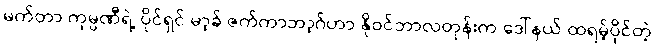
မက်တာ ကုမ္ပဏီရဲ့ ပိုင်ရှင် မာ့ခ် ဇက်ကာဘာ့ဂ်ဟာ နိုဝင်ဘာလတုန်းက ဒေါ်နယ် ထရမ့်ပိုင်တဲ့